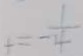
t = - \frac { 1 } { 4 }